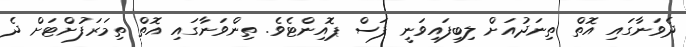
ދެވަނާގައި އޮތް ތިނަދުއަށް ލިބިފައިވަނީ ފަސް ޕޮއިންޓެވެ. ތިންވަނާގައި އޮތް ތިމަރަފުށްޓަށް ދެ